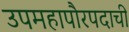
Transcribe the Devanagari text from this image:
उपमहापौरपदाची